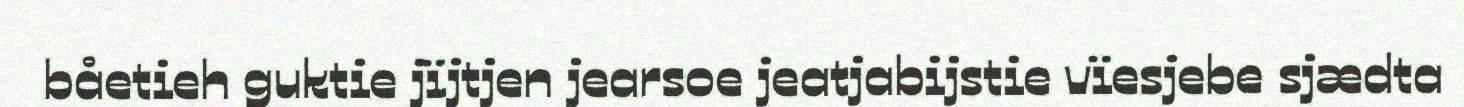
båetieh guktie jïjtjen jearsoe jeatjabijstie vïesjebe sjædta